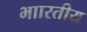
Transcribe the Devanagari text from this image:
भाारतीय